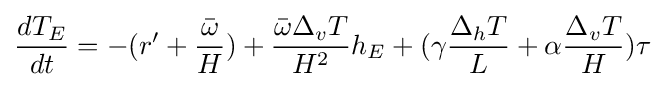
{\frac {dT_{E}}{dt}}=-(r'+{\frac {\bar {\omega }}{H}})+{\frac {{\bar {\omega }}\Delta _{v}T}{H^{2}}}h_{E}+(\gamma {\frac {\Delta _{h}T}{L}}+\alpha {\frac {\Delta _{v}T}{H}})\tau